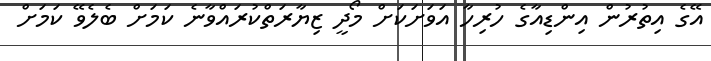
އޭގެ އިތުރުން އިންޑިއާގެ ހުރިހާ އަވަށަކަށް މޯދީ ޒިޔާރަތްކުރައްވާނެ ކަމަށް ބެލެވޭ ކަމަށް